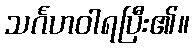
သင်္ဂဟဝါရပြီး၏။